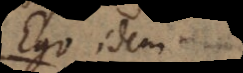
Ego idem